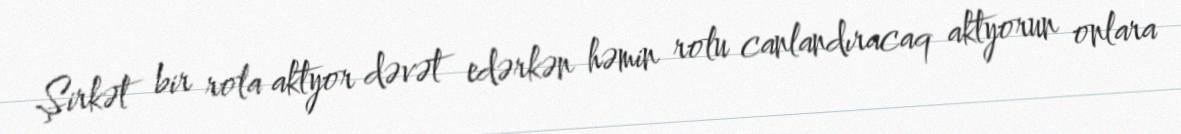
Şirkət bir rola aktyor dəvət edərkən həmin rolu canlandıracaq aktyorun onlara